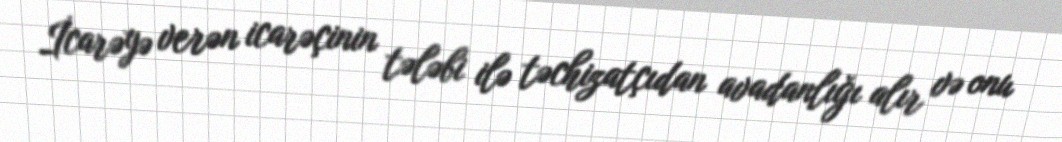
İcarəyə verən icarəçinin tələbi ilə təchizatçıdan avadanlığı alır və onu